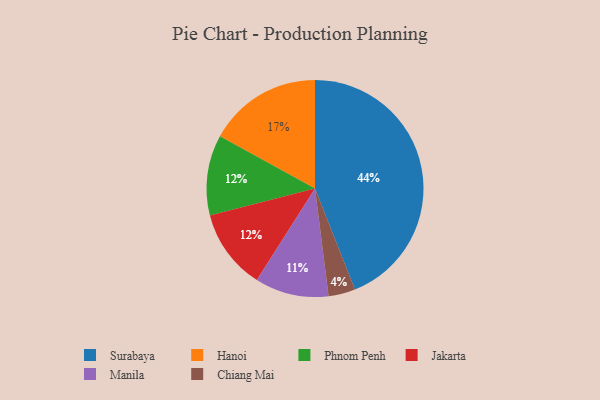
{"axis": {"x": "Category", "y": "Percentage"}, "legend": ["Chiang Mai", "Hanoi", "Jakarta", "Manila", "Phnom Penh", "Surabaya"], "data": [{"x": "Phnom Penh", "y": 12, "type": "Phnom Penh"}, {"x": "Surabaya", "y": 44, "type": "Surabaya"}, {"x": "Hanoi", "y": 17, "type": "Hanoi"}, {"x": "Chiang Mai", "y": 4, "type": "Chiang Mai"}, {"x": "Jakarta", "y": 12, "type": "Jakarta"}, {"x": "Manila", "y": 11, "type": "Manila"}]}